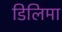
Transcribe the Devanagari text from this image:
डिलिमा